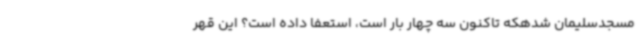
مسجدسلیمان شدهکه تاکنون سه چهار بار است، استعفا داده است؟ این قهر